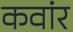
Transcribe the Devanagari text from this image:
कवांर